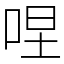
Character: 㖏